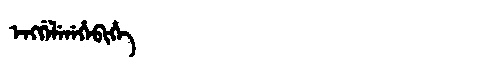
Manchu: ᡝᠩᡤᡝᠯᡝᠨᡝᡥᡝᠪᡳᡥᡝ
Romanization: ENGGELENEHEBIHE